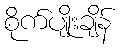
စိုက်ပျိုးချိန်